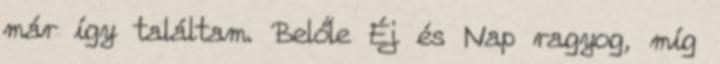
már így találtam. Belőle Éj és Nap ragyog, míg